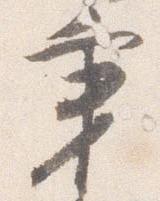
秉